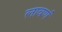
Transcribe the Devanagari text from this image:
लावणं